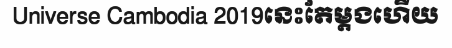
Universe Cambodia 2019នេះតែម្តងហើយ